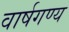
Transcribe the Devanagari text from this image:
वार्षगण्य